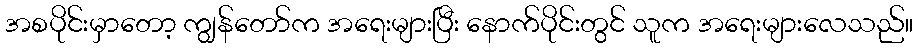
အစပိုင်းမှာတော့ ကျွန်တော်က အရေးများပြီး နောက်ပိုင်းတွင် သူက အရေးများလေသည်။